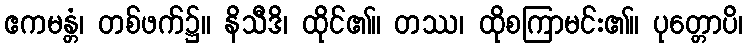
ဧကမန္တံ၊ တစ်ဖက်၌။ နိသီဒိ၊ ထိုင်၏။ တဿ၊ ထိုစကြာမင်း၏။ ပုတ္တောပိ၊